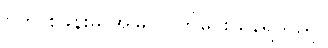
ဗဟို စခန်းမှ အမြဲ သတိပေး နေရသည်။